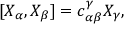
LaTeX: [ X _ { \alpha } , X _ { \beta } ] = c _ { \alpha \beta } ^ { \gamma } X _ { \gamma } ,